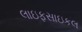
લાઇફસાઇકલ